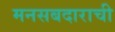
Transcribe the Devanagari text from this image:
मनसबदाराची